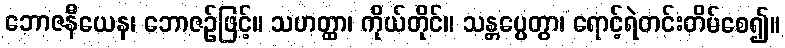
ဘောဇနီယေန၊ ဘောဇဉ်ဖြင့်။ သဟတ္ထာ၊ ကိုယ်တိုင်။ သန္တပ္ပေတွာ၊ ရောင့်ရဲတင်းတိမ်စေ၍။